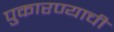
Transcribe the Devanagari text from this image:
पुकारण्याची